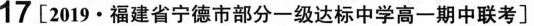
17[2019·福建省宁德市部分一级达标中学高一期中联考〕